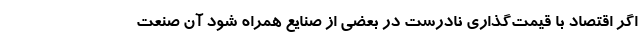
اگر اقتصاد با قیمت‌گذاری نادرست در بعضی از صنایع همراه شود آن صنعت